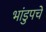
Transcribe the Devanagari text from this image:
भांडुपचे